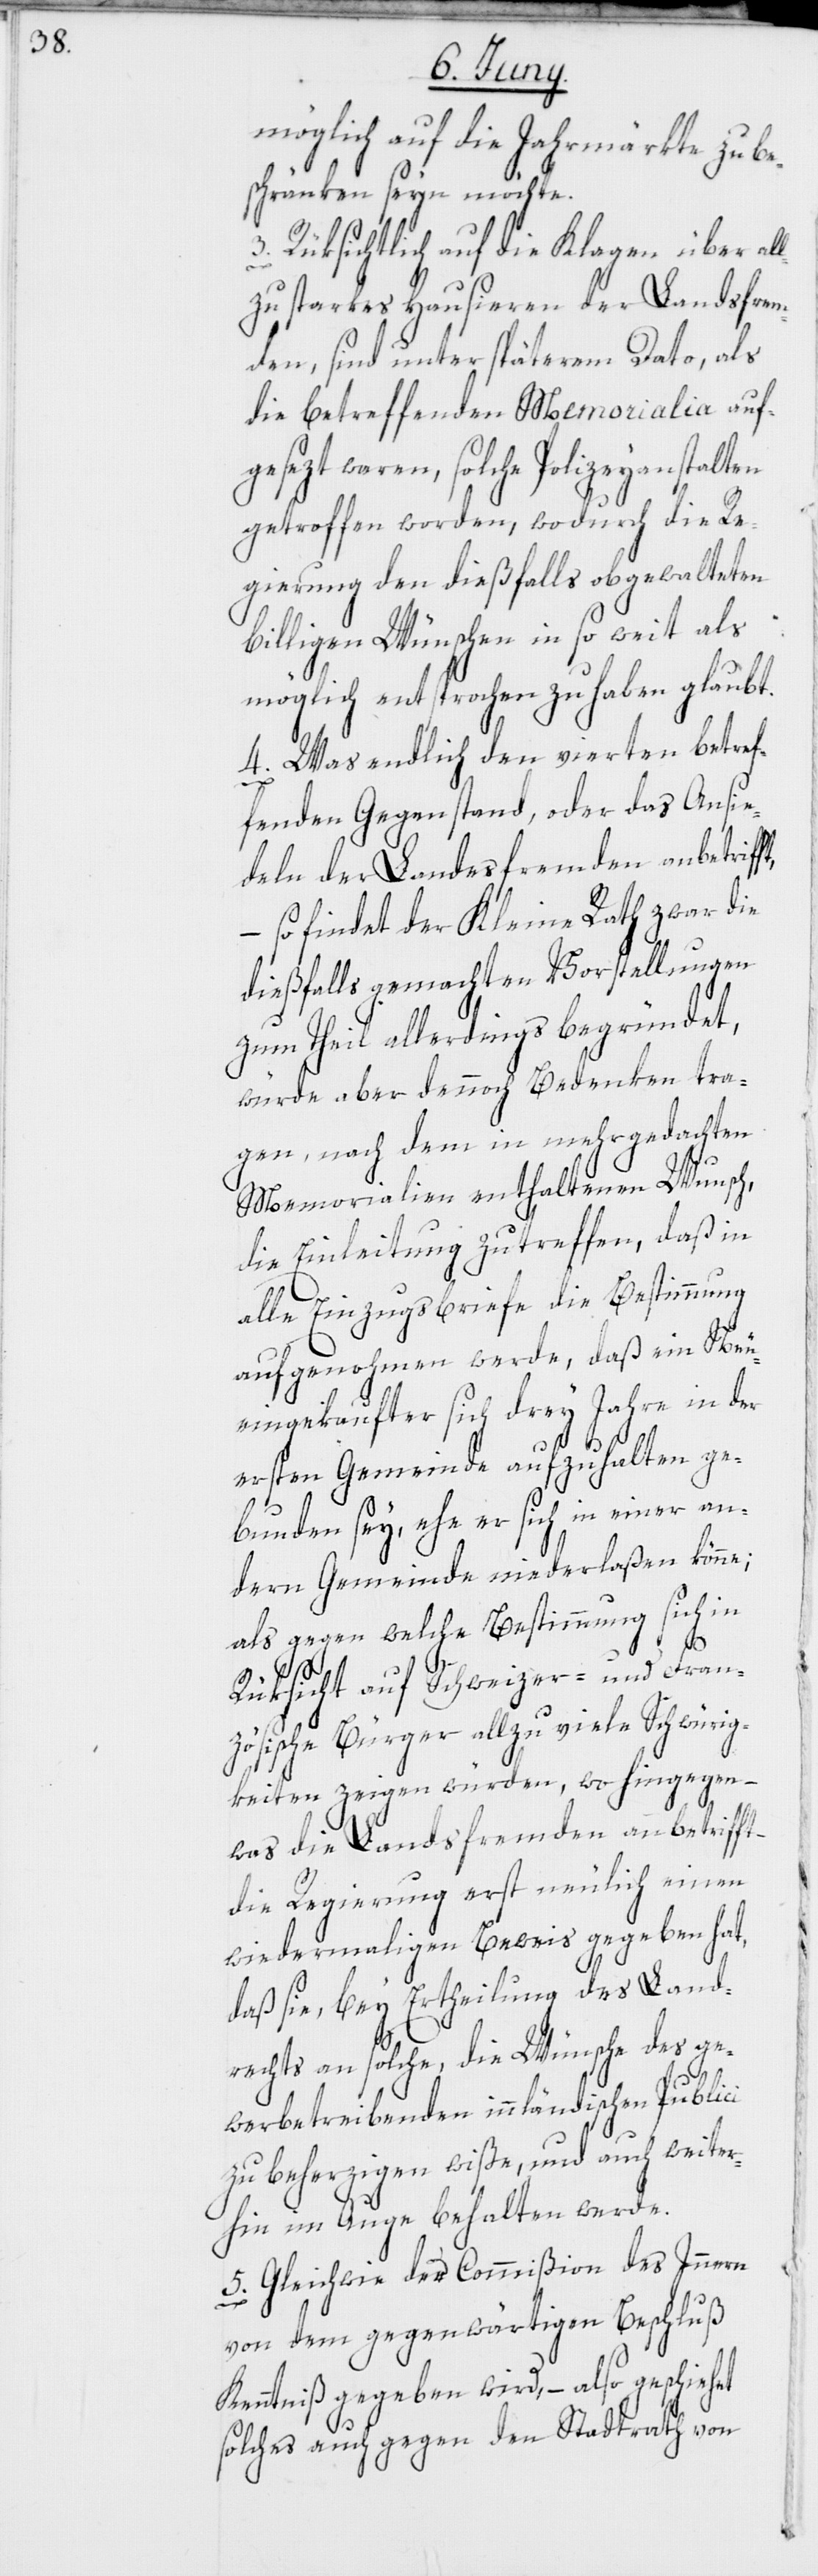
möglich auf die Jahrmärkte zu be¬
schränken seyn möchte.
3. Rüksichtlich auf die Klagen über al¬
lzu starkes Hausieren der Landsfrem¬
den, sind unter späterem Dato, als
die betreffenden Memoralia auf¬
gesezt waren, solche Polizeyanstalten
getroffen worden, wodurch die Re¬
gierung den dießfalls obgewalteten
billigen Wünschen in so weit als
möglich entsprochen zu haben glaubt.
4. Was endlich den vierten betref¬
fenden Gegenstand, oder das Ansie¬
deln der Landesfremden anbetrifft,
– so findet der Kleine Rath zwar die
dießfalls gemachten Vorstellungen
zum Theil allerdings begründet,
würde aber dennoch Bedenken tra¬
gen, nach dem in mehrgedachten
Memorialien enthaltenen Wunsch,
die Einleitung zu treffen, daß in
alle Einzugsbriefe die Bestimmung
aufgenohmen werde, daß ein Neu¬
eingekaufter sich drey Jahre in der
ersten Gemeinde aufzuhalten ge¬
bunden sey, ehe er sich in einer an¬
dern Gemeinde niederlaßen könne;
als gegen welche Bestimmung sich in
Rüksicht auf Schweizer- und Fran¬
zösische Bürger allzu viele Schwürig¬
keiten zeigen würden, wo hingegen –
was die Landsfremden anbetrifft,
die Regierung erst neulich einen
wiedermaligen Beweis gegeben hat,
daß sie, bey Ertheilung des Land¬
rechts an solche, die Wünsche des ge¬
werbetreibenden innländischen Publici
zu beherzigen wiße, und auch weiter¬
hin im Auge behalten werde.
5. Gleichwie der Commißion des Innern
von dem gegenwärtigen Beschluß
Kenntniß gegeben wird, – also geschiehet
solches auch gegen den Stadtrath von